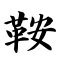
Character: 鞍